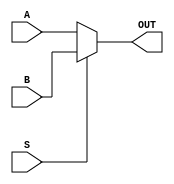
module mux(A,B,S,OUT);

    input [1:0] A,B;
    input S;

    output [1:0] OUT;

    //using ternary operater

    assign OUT = (S == 1'b0) ? A:B;

    

endmodule